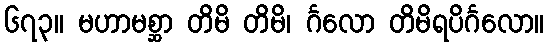
၆၇၃။ မဟာမစ္ဆာ တိမိ တိမိ၊ င်္ဂလော တိမိရပိင်္ဂလော။